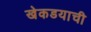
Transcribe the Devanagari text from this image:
खेकडयाची